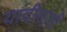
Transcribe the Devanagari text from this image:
यादीसाठी